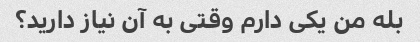
بله من یکی دارم وقتی به آن نیاز دارید؟